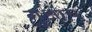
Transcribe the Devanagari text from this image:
गुआच